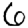
Digit: 6